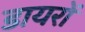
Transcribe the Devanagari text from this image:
डायरों